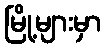
မြို့များမှာ